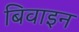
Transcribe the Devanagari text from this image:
बिवाइन